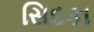
સિદકા